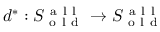
d ^ { * } : S _ { \mathrm { ~ o ~ l ~ d ~ } } ^ { \mathrm { ~ a ~ l ~ l ~ } } \to S _ { \mathrm { ~ o ~ l ~ d ~ } } ^ { \mathrm { ~ a ~ l ~ l ~ } }